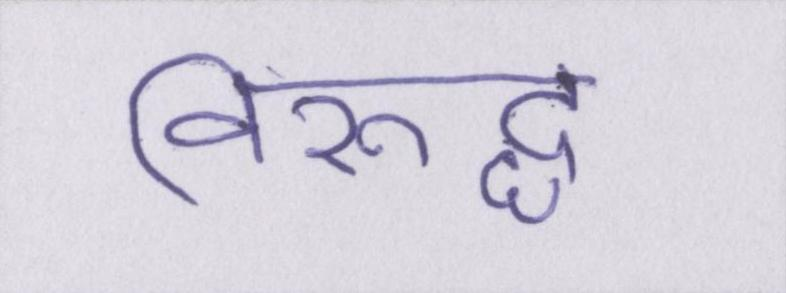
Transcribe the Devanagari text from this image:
विरूद्ध